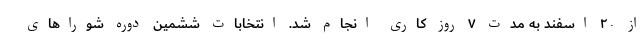
از ۲۰ اسفند به مدت ۷ روز کاری انجام شد. انتخابات ششمین دوره شوراهای